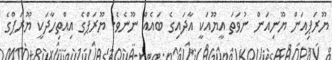
ޔޫރަޕިއަން ޔޫނިއަން ނުވަތަ އީޔޫއަކީ އާދައިގެ ބައެއް ނޫނެވެ. ޔޫރަޕްގެ އިއްތިހާދަކީ ޔޫރަޕްގެ